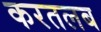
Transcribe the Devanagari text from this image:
करतलब